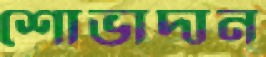
শোভাদান